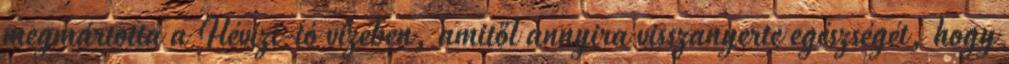
megmártotta a Hévízi-tó vizében, amitől annyira visszanyerte egészségét, hogy